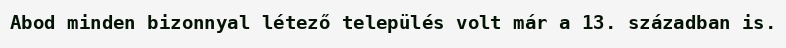
Abod minden bizonnyal létező település volt már a 13. században is.